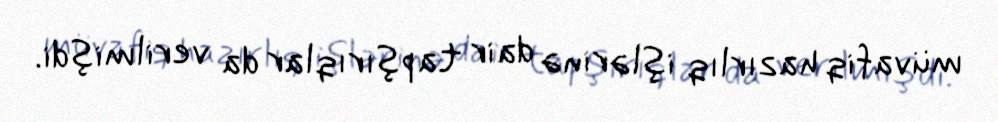
müvafiq hazırlıq işlərinə dair tapşırıqlar da verilmişdi.